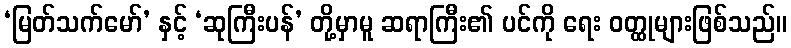
‘မြတ်သက်မော်’ နှင့် ‘ဆုကြီးပန်’ တို့မှာမူ ဆရာကြီး၏ ပင်ကို ရေး ဝတ္ထုများဖြစ်သည်။